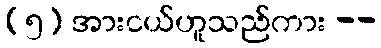
(၅) အားငယ်ဟူသည်ကား --